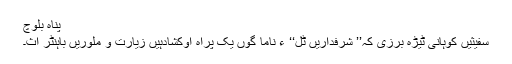
پناہ بلوچ
سفیثیں کوہانی ٹیڑہ بُرزی کہ’’ شرفداریں ٹُل‘‘ ءِ ناما گوں یک پراہ اوکشادہیں زیارت و ملوریں باہنٹر اث۔